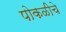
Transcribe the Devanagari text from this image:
पोकळीचे